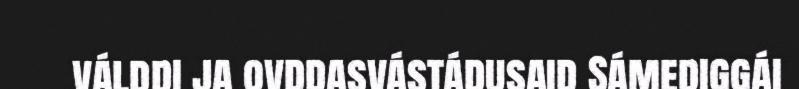
válddi ja ovddasvástádusaid Sámediggái